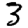
Digit: 3